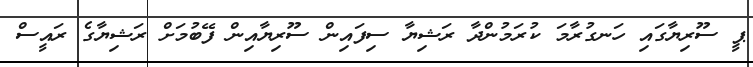
ޕީ ސޫރިޔާގައި ހަނގުރާމަ ކުރަމުންދާ ރަޝިޔާ ސިފައިން ސޫރިޔާއިން ފޭބުމަށް ރަޝިޔާގެ ރައީސް